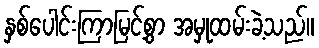
နှစ်ပေါင်းကြာမြင့်စွာ အမှုထမ်းခဲ့သည်။